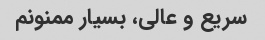
سریع و عالی، بسیار ممنونم